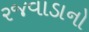
રજવાડાનો